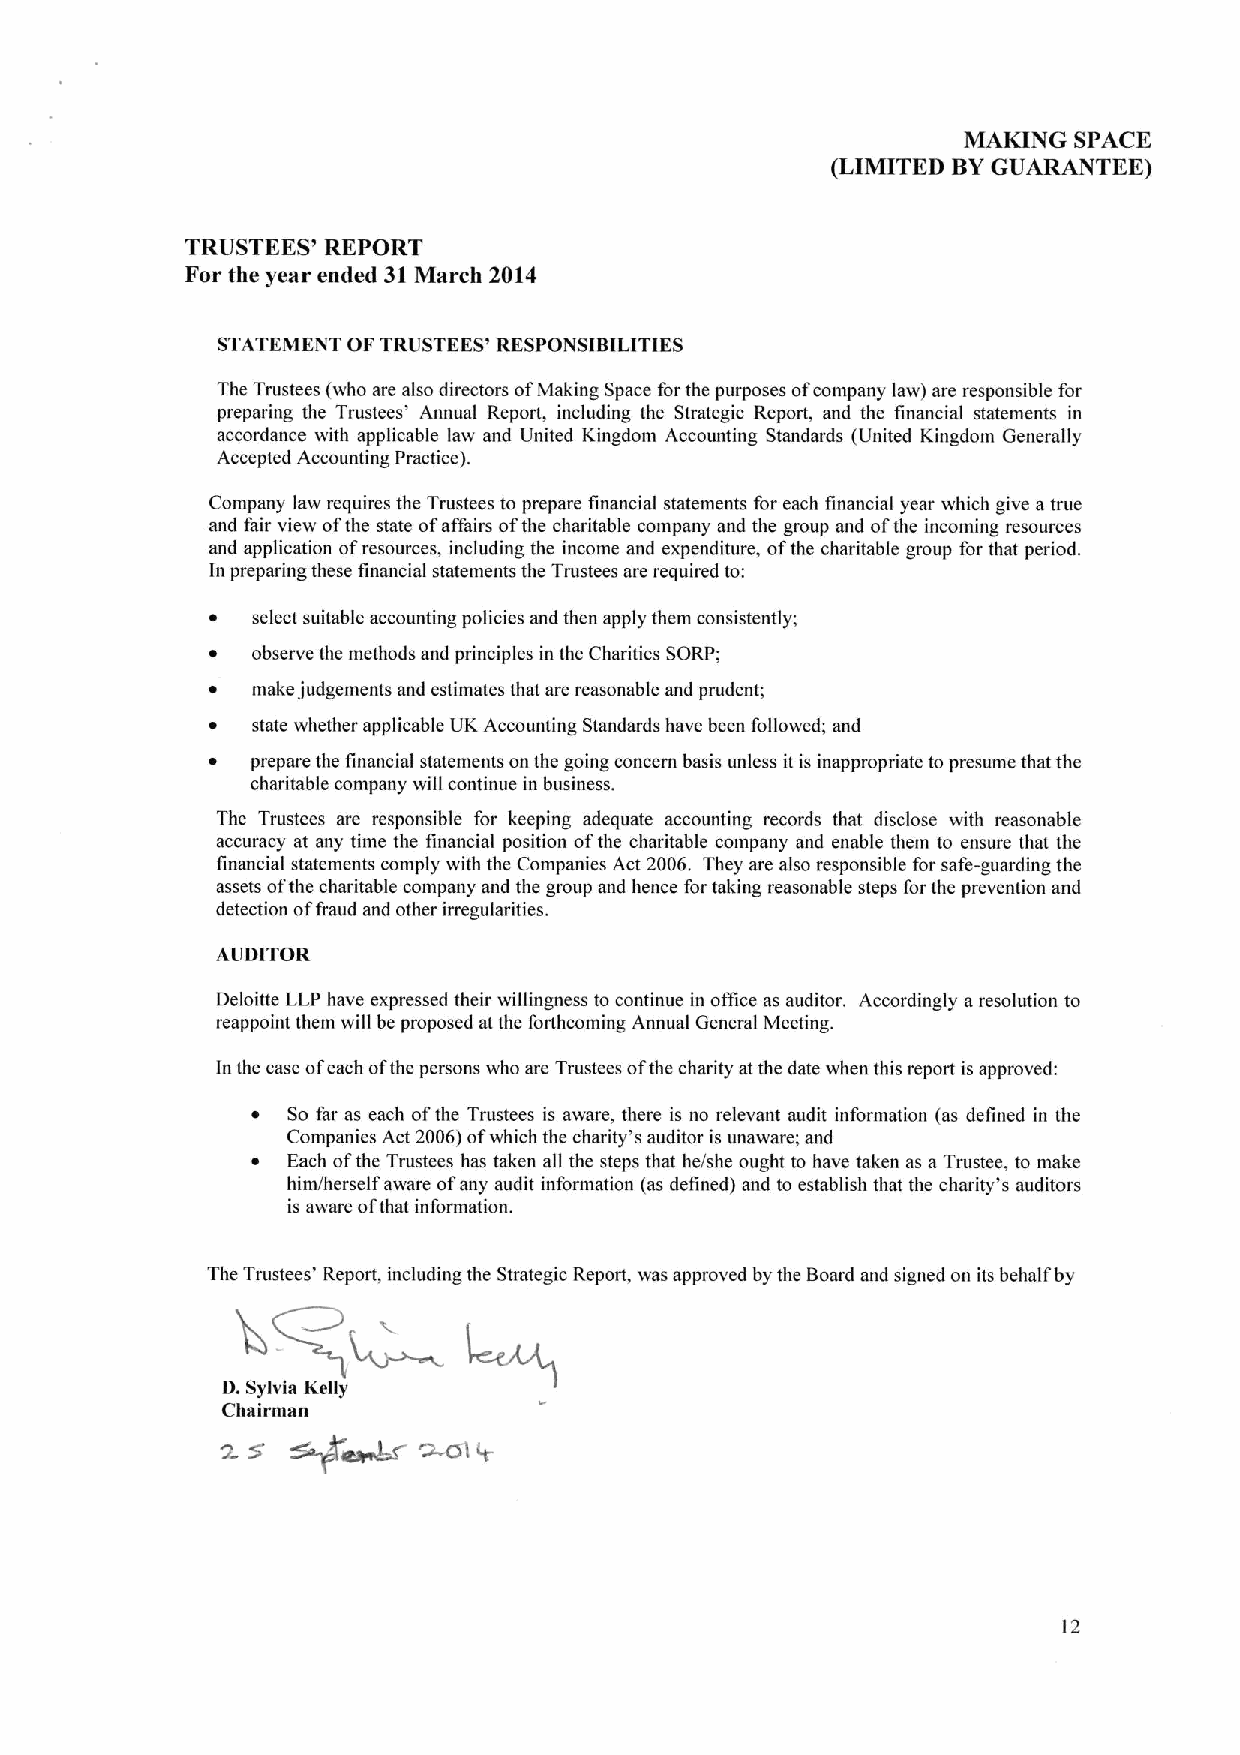
MAKING SPACE
 (LIMITED BYGUARANTEE)
 TRUSTEES' REPORT
 For the year ended 31March 2014
 STATEMENT OFTRUSTEES' RESPONSIBILITIES
 The Trustees (who are also directors ofMaking Space forthe purposes ofcompany law) are responsible for
 preparing the Trustees' Annual Report, including the Strategic Report, and the financial statements in
 accordance with applicable law and United Kingdom Accounting Standards (United Kingdom Generally
 Accepted Accounting Practice).
 Company law requires the Trustees to prepare financial statements for each financial year which give atrue
 and fair view ofthe state ofaffairs ofthe charitable company and the group and ofthe incoming resources
 and application ofresources, including the income and expenditure, ofthe charitable group for that period.
 In preparing these financial statements the Trustees are required to:
 ~  select suitable accounting policies and then apply them consistently;
 ~  observe the methods and principles in the Charities SORP;
 ~  make judgements and estimates that are reasonable and prudent;
 ~  state whether applicable UK Accounting Standards have been followed; and
 ~  prepare the financial statements on the going concern basis unless it is inappropriate to presume that the
 charitable company will continue in business.
 The Trustees are responsible for keeping adequate accounting records that disclose with reasonable
 accuracy at any time the financial position ofthe charitable company and enable them to ensure that the
 financial statements comply with the Companies Act 2006. They are also responsible for safe-guarding the
 assets ofthe charitable company and the group and hence for taking reasonable steps for the prevention and
 detection offraud and other irregularities.
 AUDITOR
 Deloitte LLP have expressed their willingness to continue in oAice as auditor. Accordingly aresolution to
 reappoint them will be proposed at the forthcoming Annual General Meeting.
 In the case ofeach ofthe persons who are Trustees ofthe charity at the date when this report is approved:
 ~ So far as each ofthe Trustees is aware, there is no relevant audit information (as defined in the
 Companies Act 2006)ofwhich the charity's auditor is unaware; and
 ~ Each ofthe Trustees has taken all the steps that he/she ought to have taken as a Trustee, to make
 him/herself aware ofany audit information (as defined) and to establish that the charity's auditors
 is aware ofthat information.
 The Trustees' Report, including the Strategic Report, was approved by the Board and signed on its behalf by
 D.Sylvia Kelly
 Chairman
 2.S
 12